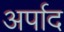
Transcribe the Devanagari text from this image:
अर्पाद